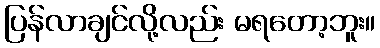
ပြန်လာချင်လို့လည်း မရတော့ဘူး။